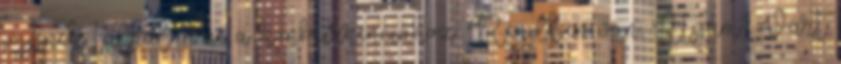
jöjjenek talpalni, ne a konkurrenciához. Rendben van, Atyám? Várt